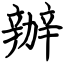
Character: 辦